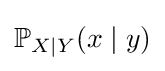
\mathbb {P} _{X\mid Y}(x\mid y)